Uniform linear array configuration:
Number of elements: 8
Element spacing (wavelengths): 0.5
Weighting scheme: blackman
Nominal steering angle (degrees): -15
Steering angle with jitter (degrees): -13.13
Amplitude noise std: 0.05
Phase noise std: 0.05

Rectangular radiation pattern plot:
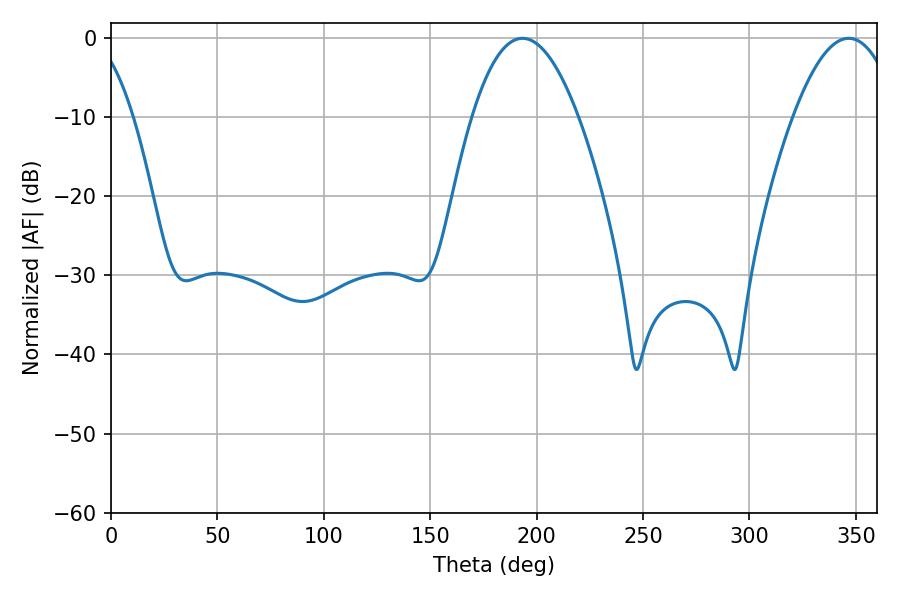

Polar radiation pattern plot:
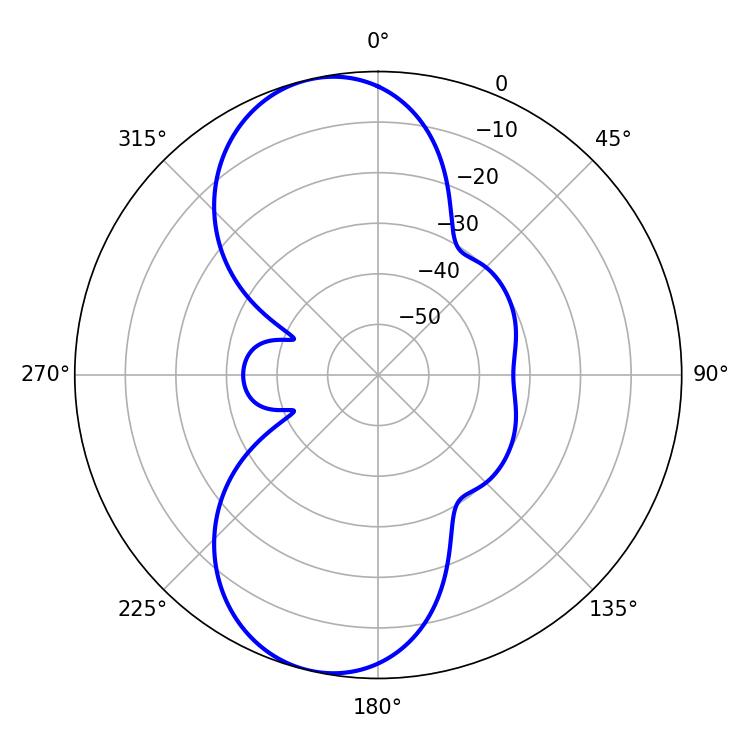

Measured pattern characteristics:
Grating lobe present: FALSE
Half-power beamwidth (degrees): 27.54
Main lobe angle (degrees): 193.32